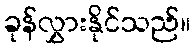
ခုန်လွှားနိုင်သည်။